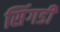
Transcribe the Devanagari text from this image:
सिंगडी